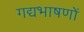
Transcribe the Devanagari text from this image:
गद्यभाषणों